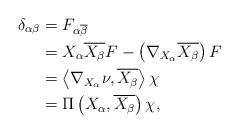
LaTeX: \begin{align*}\delta_{\alpha\beta} & =F_{\alpha\overline{\beta}}\\& =X_{\alpha}\overline{X_{\beta}}F-\left( \nabla_{X_{\alpha}}\overline{X_{\beta}}\right) F\\& =\left\langle \nabla_{X_{\alpha}}\nu,\overline{X_{\beta}}\right\rangle\chi\\& =\Pi\left( X_{\alpha},\overline{X_{\beta}}\right) \chi,\end{align*}